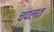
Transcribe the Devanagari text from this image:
चपलत